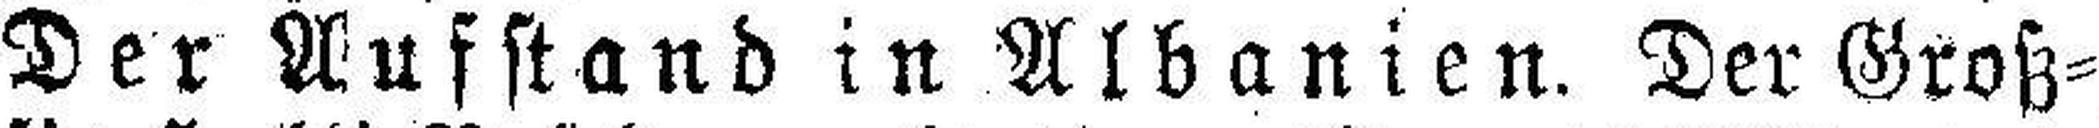
Der Aufstand in Albanien. Der Groß¬